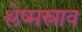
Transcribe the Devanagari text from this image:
श्लेष्मस्राव